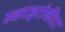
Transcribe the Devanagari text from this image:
स्काइरोकीटा